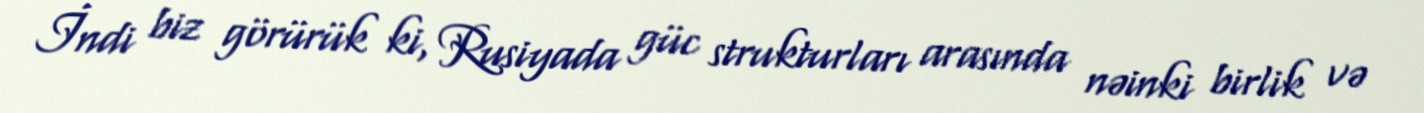
İndi biz görürük ki, Rusiyada güc strukturları arasında nəinki birlik və